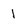
Character: 1